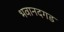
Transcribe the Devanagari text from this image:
भवानदगड